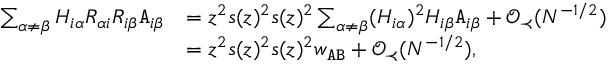
\begin{array} { r l } { \sum _ { \alpha \neq \beta } H _ { i \alpha } R _ { \alpha i } R _ { i \beta } { \texttt A } _ { i \beta } } & { = z ^ { 2 } s ( z ) ^ { 2 } \mathfrak { s } ( z ) ^ { 2 } \sum _ { \alpha \neq \beta } ( H _ { i \alpha } ) ^ { 2 } H _ { i \beta } { \texttt A } _ { i \beta } + { \mathcal O } _ { \prec } ( N ^ { - 1 / 2 } ) } \\ & { = z ^ { 2 } s ( z ) ^ { 2 } \mathfrak { s } ( z ) ^ { 2 } w _ { { \texttt A } { \texttt B } } + { \mathcal O } _ { \prec } ( N ^ { - 1 / 2 } ) , } \end{array}